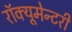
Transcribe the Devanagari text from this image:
रॉक्यूमेन्टरी